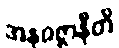
အနဝဇ္ဇာနီတိ